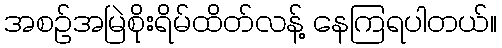
အစဉ်အမြဲစိုးရိမ်ထိတ်လန့် နေကြရပါတယ်။